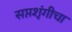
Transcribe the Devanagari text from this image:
सप्तशृंगीचा